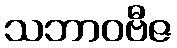
သဘာဝဗီဇ